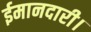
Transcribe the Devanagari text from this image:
ईमानदारी।